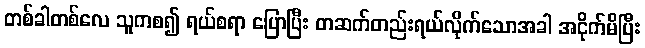
တစ်ခါတစ်လေ သူကစ၍ ရယ်စရာ ပြောပြီး တဆက်တည်းရယ်လိုက်သောအခါ အငိုက်မိပြီး